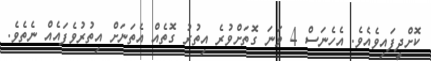
ކޮށްދީފައިވެއެވެ. އެހެނަސް 4 ވަނަ ގޮތަށްވުރެ އިތުރު ގޮތެއް އެތަނަށް އިތުރުވެފައެއް ނެތެވެ.